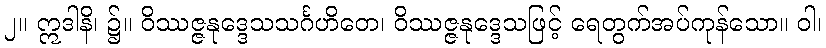
၂။ ဣဒါနိ၊ ၌။ ဝိဿဇ္ဇနုဒ္ဒေသသင်္ဂဟိတေ၊ ဝိဿဇ္ဇနုဒ္ဒေသဖြင့် ရေတွက်အပ်ကုန်သော။ ဝါ၊